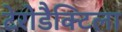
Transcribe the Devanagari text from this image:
टेरोडैक्टिला